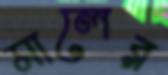
মালের